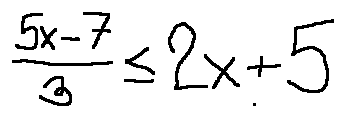
\frac { 5 x - 7 } { 3 } \leq 2 x + 5